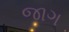
જાગ